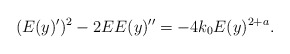
\begin{align*}(E(y)^\prime)^2-2EE(y)^{\prime\prime}=-4k_0E(y)^{2+a}.\end{align*}